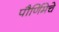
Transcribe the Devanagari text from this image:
पौर्णिमेचे